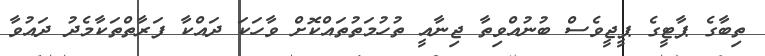
ތިބާގެ ޕާޓީގެ ޕީޖީވެސް ބުނުއްވިތާ ޖިނާއީ ތުހުމަތުތައްކޮށް ވާހަކަ ދައްކާ ފަރާތްތަކާމެދު ދައުވާ